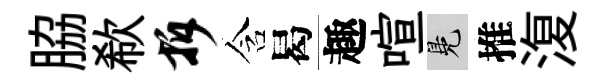
脇欷拆含曷趣喧鳬推𣸪